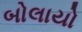
બોલાયો